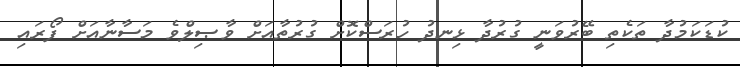
ކުޑަކަމުދާ ތަކެތި ބޭރުވަނީ ގުރުދާ ޅިނދު ހުރަސްކޮށް ގުރުތާއަށް ވާޞިލްވެ މަސާނާއަށް ފޯރައި